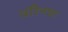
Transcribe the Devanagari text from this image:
वॉरेनचा